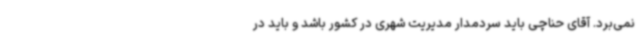
نمی‌برد. آقای حناچی باید سردمدار مدیریت شهری در کشور باشد و باید در